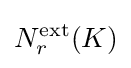
N_{r}^{\text{ext}}(K)